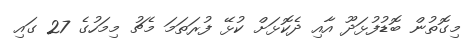
މިގޮތުން ބޮޑުފުޅަދޫ އާއި ދެކޮޅަށް ކުޅޭ ފުރަތަމަ މެޗު މިމަހުގެ 27 ގައި